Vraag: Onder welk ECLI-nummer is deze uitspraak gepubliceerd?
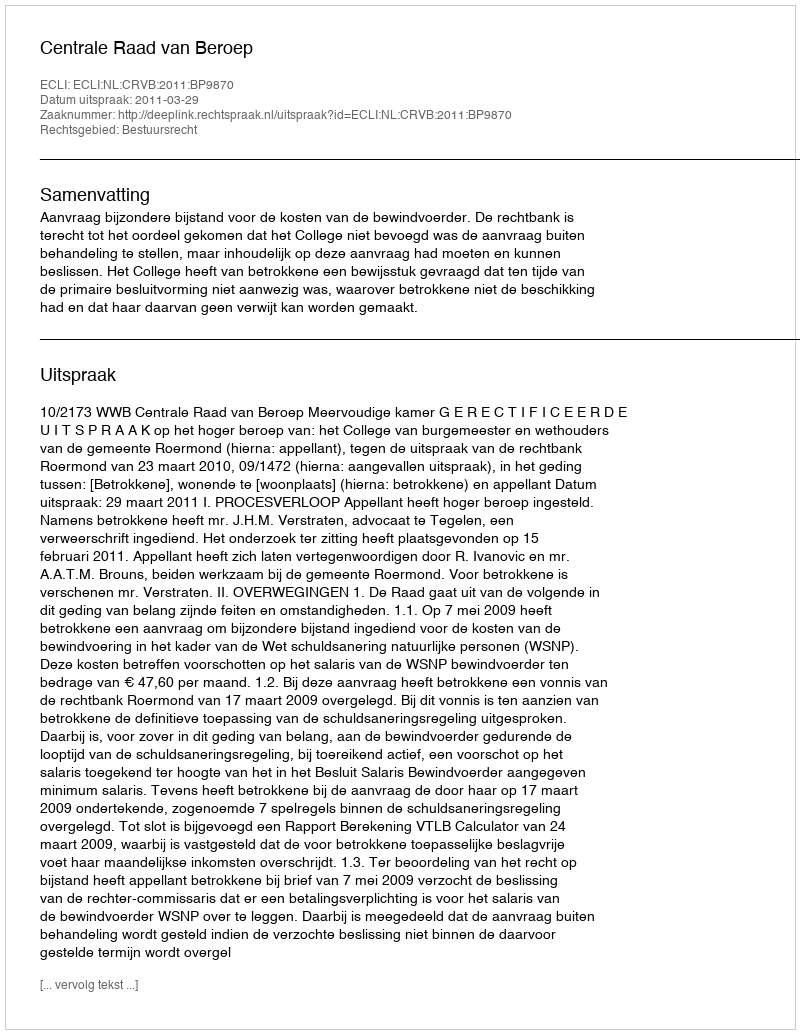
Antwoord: ECLI:NL:CRVB:2011:BP9870